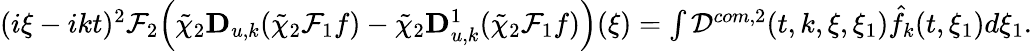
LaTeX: \begin{array}{r}{(i\xi-ikt)^{2}\mathcal{F}_{2}\Big(\tilde{\chi}_{2}\mathbf{D}_{u,k}(\tilde{\chi}_{2}\mathcal{F}_{1}f)-\tilde{\chi}_{2}\mathbf{D}_{u,k}^{1}(\tilde{\chi}_{2}\mathcal{F}_{1}f)\Big)(\xi)=\int\mathcal{D}^{com,2}(t,k,\xi,\xi_{1})\hat{f}_{k}(t,\xi_{1})d\xi_{1}.}\end{array}